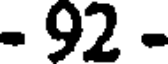
- 92 -